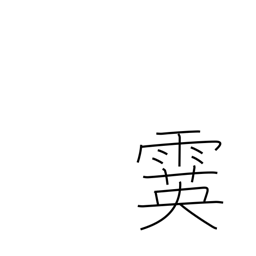
Meaning: sleet